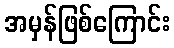
အမှန်ဖြစ်ကြောင်း